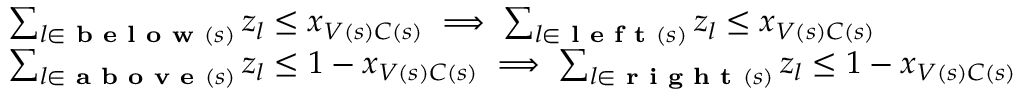
\begin{array} { r l } & { \sum _ { l \in \textbf { b e l o w } ( s ) } z _ { l } \leq x _ { V ( s ) C ( s ) } \implies \sum _ { l \in \textbf { l e f t } ( s ) } z _ { l } \leq x _ { V ( s ) C ( s ) } } \\ & { \sum _ { l \in \textbf { a b o v e } ( s ) } z _ { l } \leq 1 - x _ { V ( s ) C ( s ) } \implies \sum _ { l \in \textbf { r i g h t } ( s ) } z _ { l } \leq 1 - x _ { V ( s ) C ( s ) } } \end{array}